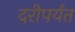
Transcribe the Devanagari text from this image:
दरीपर्यंत